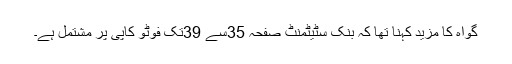
گواہ کا مزید کہنا تھا کہ بنک سٹیٹمنٹ صفحہ 35سے 39تک فوٹو کاپی پر مشتمل ہے۔